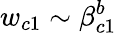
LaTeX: w_{c1}\sim\beta_{c1}^{b}